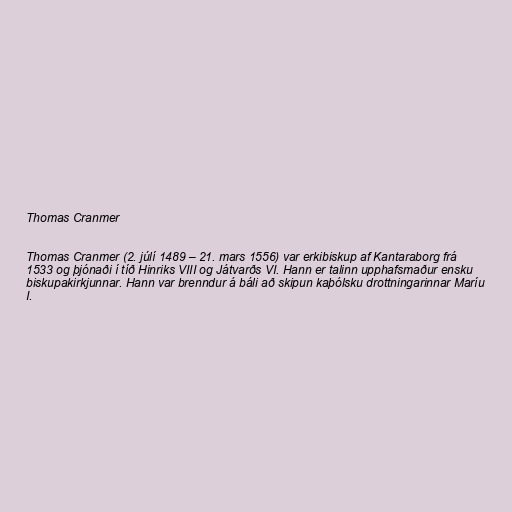
Thomas Cranmer

Thomas Cranmer (2. júlí 1489 – 21. mars 1556) var erkibiskup af Kantaraborg frá
1533 og þjónaði í tíð Hinriks VIII og Játvarðs VI. Hann er talinn upphafsmaður ensku
biskupakirkjunnar. Hann var brenndur á báli að skipun kaþólsku drottningarinnar Maríu
I.